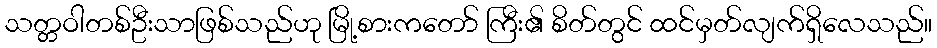
သတ္တဝါတစ်ဦးသာဖြစ်သည်ဟု မြို့စားကတော် ကြီး၏ စိတ်တွင် ထင်မှတ်လျက်ရှိလေသည်။